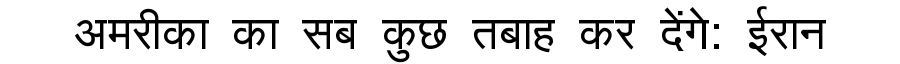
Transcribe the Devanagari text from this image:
अमरीका का सब कुछ तबाह कर देंगे: ईरान